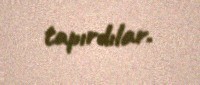
tapırdılar.